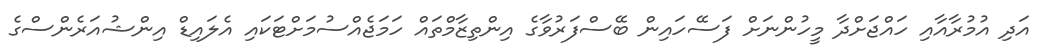
އަދި އުމުރާއާއި ހައްޖަށްދާ މީހުންނަށް ފަސޭހައިން ބޭސްފަރުވާގެ އިންތިޒާމްތައް ހަމަޖެއްސުމަށްޓަކައި އެލައިޑް އިންޝުއަރެންސްގެ